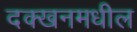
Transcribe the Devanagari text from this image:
दक्खनमधील